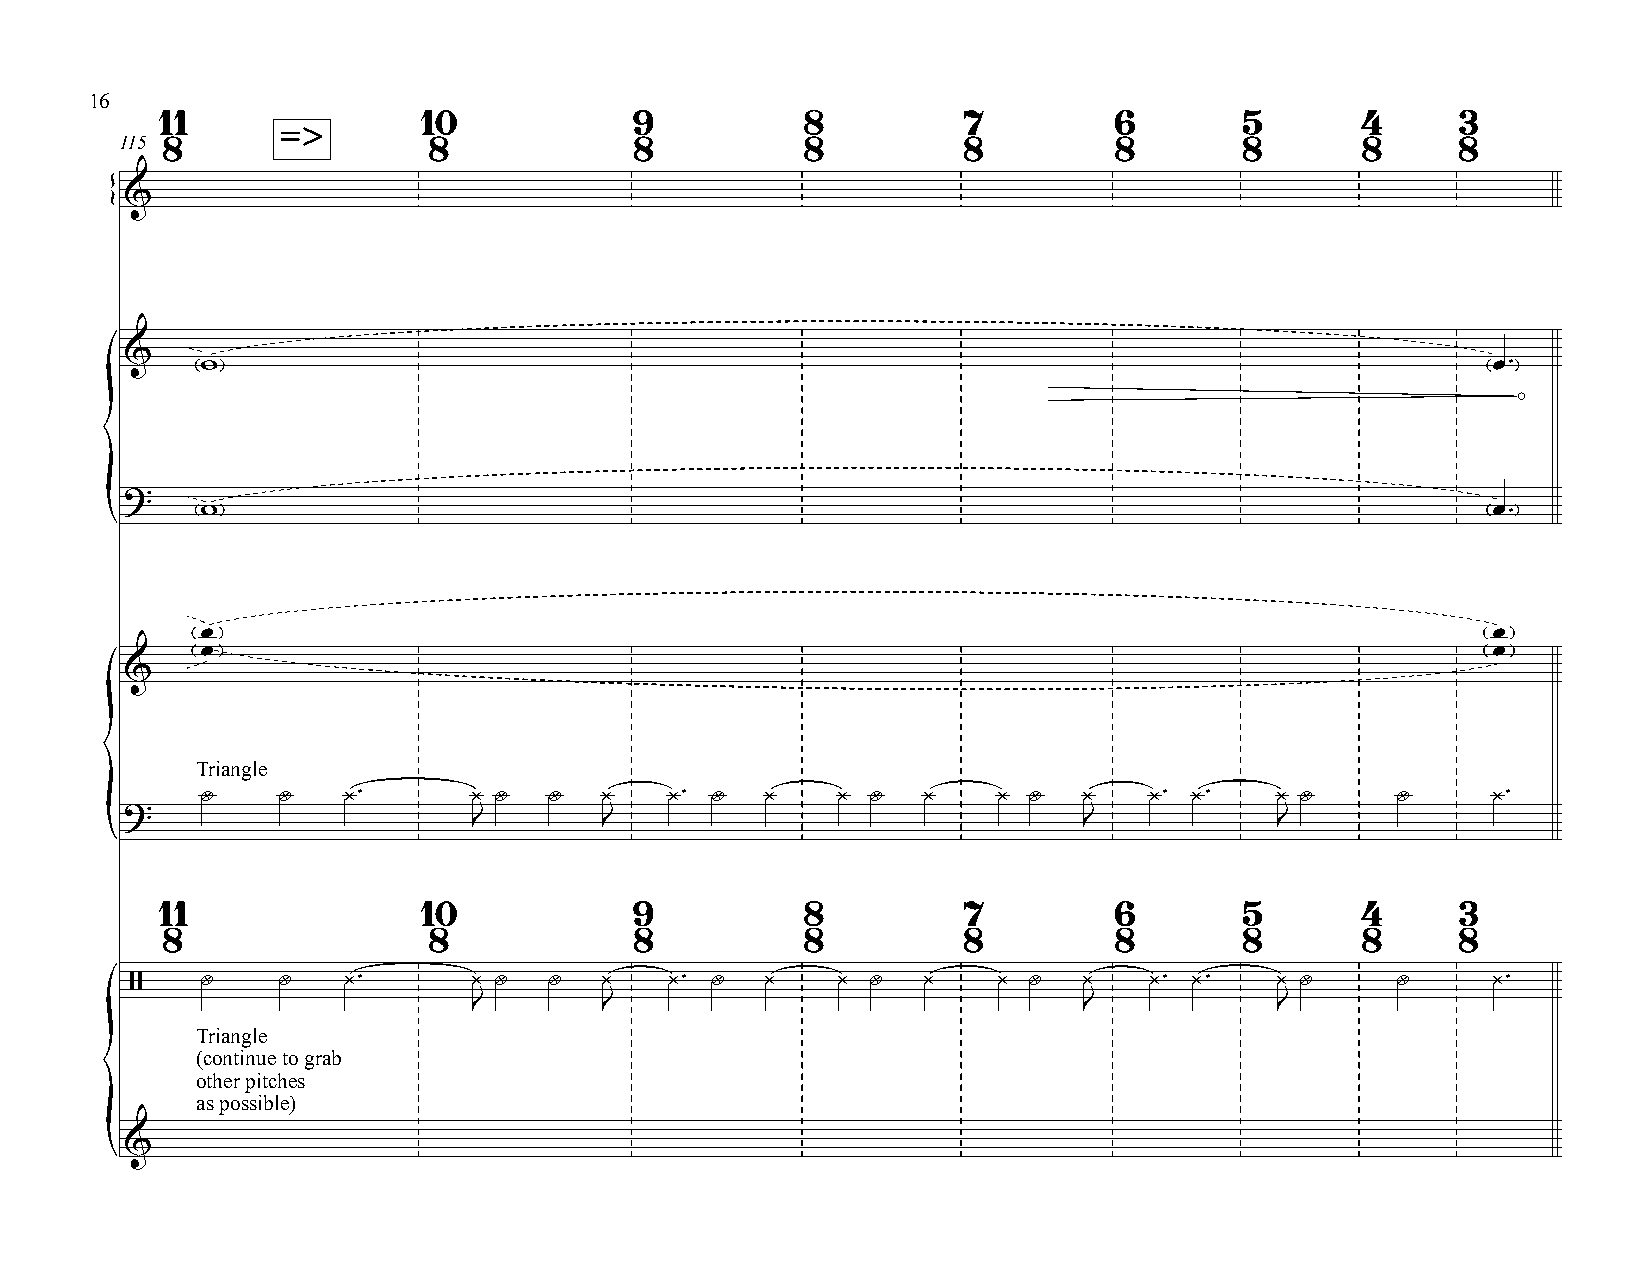
16
 11               10            9          8          7         6       5       4      3
 =>
 115 8               8             8          8          8         8       8       8      8
 &
 {
 &
 w                                                                                     œ™
 o
 ?
 w                                                                                     œ
 ™
 {
 œ                                                                                     œ
 œ                                                                                     œ
 &
 Triangle
 Y    Y
 ¿™      ¿
 Y  Y
 ¿   ¿™
 Y
 ¿   ¿
 Y
 ¿    ¿
 Y
 ¿   ¿™ ¿™    ¿
 Y     Y
 ¿™
 ?                      J        J                               J            J
 {
 11               10            9          8          7         6       5       4      3
 8                8             8          8          8         8       8       8      8
 /   Y    Y
 ¿™      ¿
 Y  Y
 ¿   ¿™
 Y
 ¿   ¿
 Y
 ¿    ¿
 Y
 ¿   ¿™ ¿™    ¿
 Y     Y
 ¿™
 J        J                               J            J
 Triangle
 (continue to grab
 other pitches
 as possible)
 &
 {